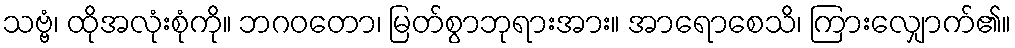
သဗ္ဗံ၊ ထိုအလုံးစုံကို။ ဘဂဝတော၊ မြတ်စွာဘုရားအား။ အာရောစေသိ၊ ကြားလျှောက်၏။